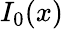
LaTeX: I_{0}(x)